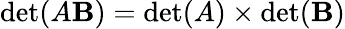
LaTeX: \operatorname*{det}(A\mathbf{B})=\operatorname*{det}(A)\times\operatorname*{det}(\mathbf{B})